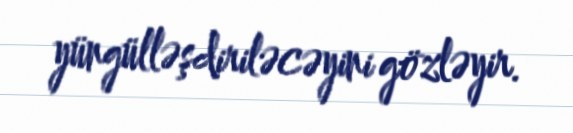
yüngülləşdiriləcəyini gözləyir.